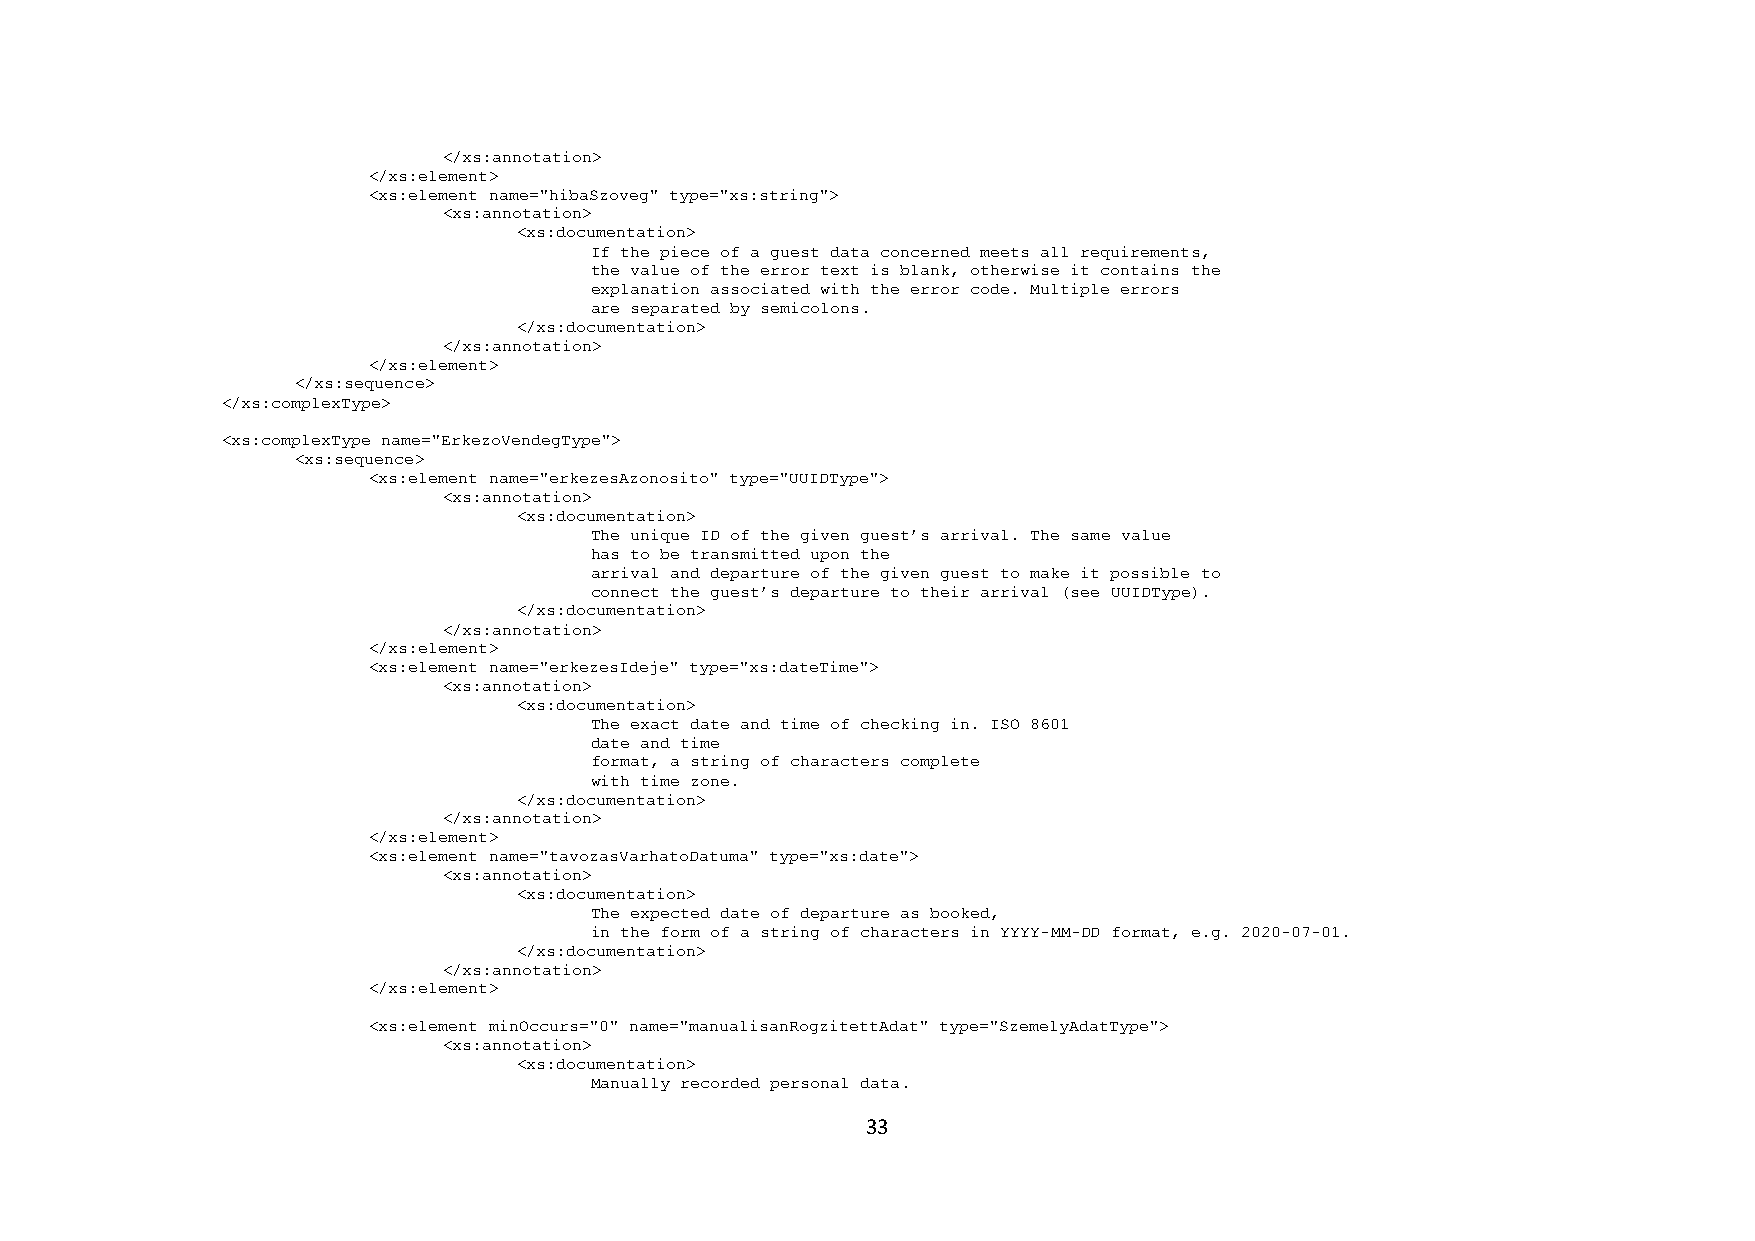
</xs:annotation>
 </xs:element>
 <xs:element name="hibaSzoveg" type="xs:string">
 <xs:annotation>
 <xs:documentation>
 If the piece of a guest data concerned meets all requirements,
 the value of the error text is blank, otherwise it contains the
 explanation associated with the error code. Multiple errors
 are separated by semicolons.
 </xs:documentation>
 </xs:annotation>
 </xs:element>
 </xs:sequence>
 </xs:complexType>
 <xs:complexType name="ErkezoVendegType">
 <xs:sequence>
 <xs:element name="erkezesAzonosito" type="UUIDType">
 <xs:annotation>
 <xs:documentation>
 The unique ID of the given guest’s arrival. The same value
 has to be transmitted upon the
 arrival and departure of the given guest to make it possible to
 connect the guest’s departure to their arrival (see UUIDType).
 </xs:documentation>
 </xs:annotation>
 </xs:element>
 <xs:element name="erkezesIdeje" type="xs:dateTime">
 <xs:annotation>
 <xs:documentation>
 The exact date and time of checking in. ISO 8601
 date and time
 format, a string of characters complete
 with time zone.
 </xs:documentation>
 </xs:annotation>
 </xs:element>
 <xs:element name="tavozasVarhatoDatuma" type="xs:date">
 <xs:annotation>
 <xs:documentation>
 The expected date of departure as booked,
 in the form of a string of characters in YYYY-MM-DD format, e.g. 2020-07-01.
 </xs:documentation>
 </xs:annotation>
 </xs:element>
 <xs:element minOccurs="0" name="manualisanRogzitettAdat" type="SzemelyAdatType">
 <xs:annotation>
 <xs:documentation>
 Manually recorded personal data.
 33